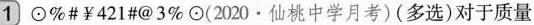
1 ⊙%#￥421#@3\%⊙(2020·仙桃中学月考)(多选)对于质量